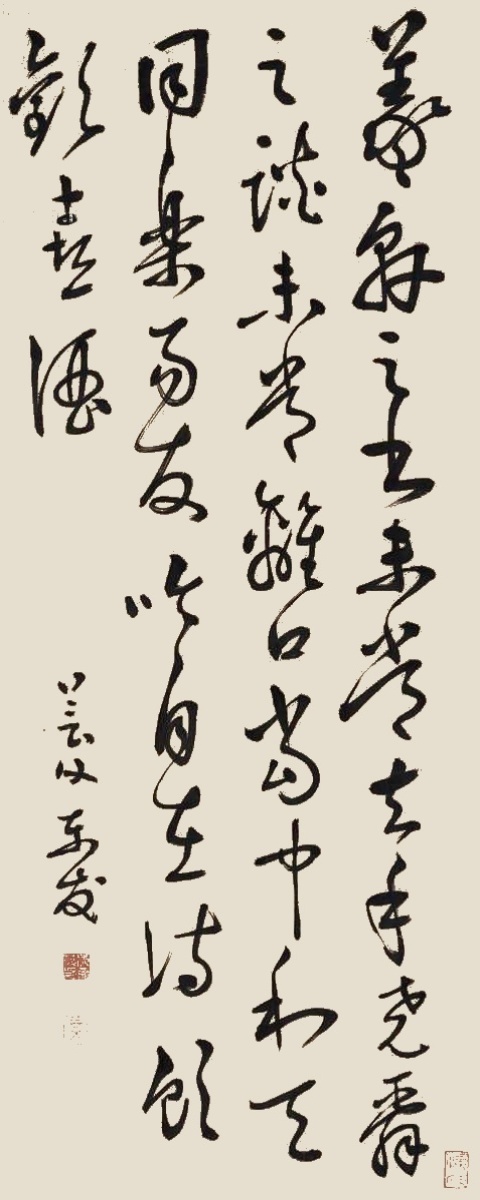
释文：羲轩之书，未尝去手。尧舜之谈，未尝离口。当中利天，同乐易友。吟自在诗，饮欢喜酒。芸父东发。